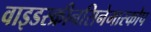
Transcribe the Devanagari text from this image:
वाइडस्क्रीनसिनेमास्कोप